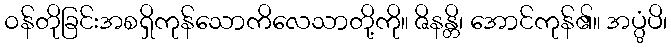
ဝန်တိုခြင်းအစရှိကုန်သောကိလေသာတို့ကို။ ဇိနန္တိ၊ အောင်ကုန်၏။ အပ္ပွံပိ၊